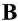
B